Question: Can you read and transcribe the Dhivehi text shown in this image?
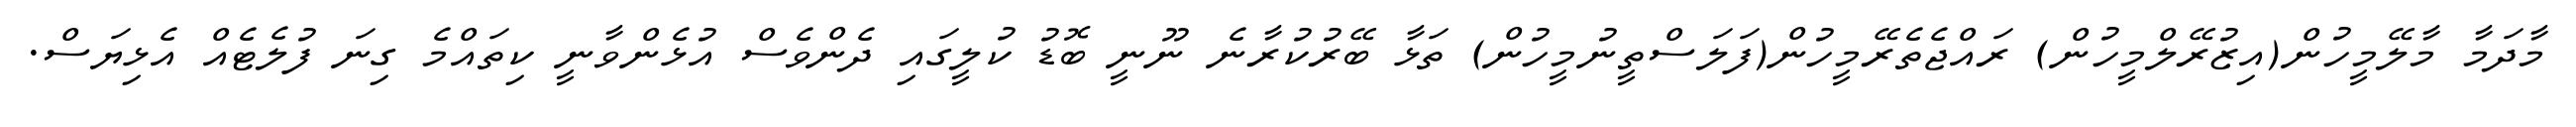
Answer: މާދަމާ މާލޭމީހުން(އިޒުރޭލްމީހުން) ރައްޖެތެރޭމީހުން(ފަލަސްތީނުމީހުން) ތަޅާ ބޭރުކުރާނެ ނޫނީ ބޮޑު ކުލީގައި ދެންވެސް އުޅެންވާނީ ކިތައްމެ ގިނަ ފުލެޓެއް އެޅިޔަސް.